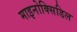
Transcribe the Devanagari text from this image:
माइनोक्सिडिल